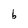
Character: b